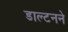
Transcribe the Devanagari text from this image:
डाल्टनने